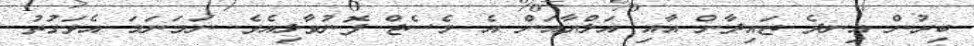
ބިރުން އިނދެ ޒައިދާން އާއި އަލްޔާއަށް އެ މެސެޖް ފޮނުވާލިއެވެ. ނަމަނަމަ އެވަގުތު